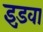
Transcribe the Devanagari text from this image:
इड़वा